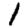
Digit: 1